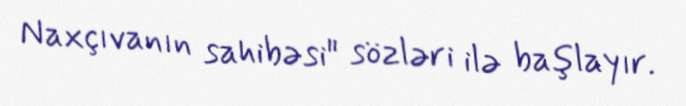
Naxçıvanın sahibəsi" sözləri ilə başlayır.